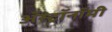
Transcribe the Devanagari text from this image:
अॅस्ट्रॉनॉमी